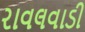
રાવલવાડી